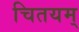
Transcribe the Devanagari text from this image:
चितयम्